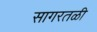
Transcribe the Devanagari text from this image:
सागरतळी